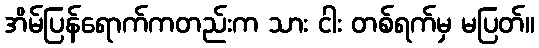
အိမ်ပြန်ရောက်ကတည်းက သား ငါး တစ်ရက်မှ မပြတ်။